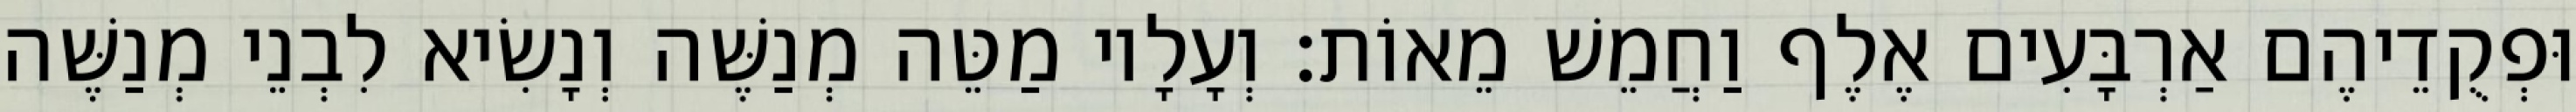
וּפְקֻדֵיהֶם אַרְבָּעִים אֶלֶף וַחֲמֵשׁ מֵאוֹת׃ וְעָלָיו מַטֵּה מְנַשֶּׁה וְנָשִׂיא לִבְנֵי מְנַשֶּׁה